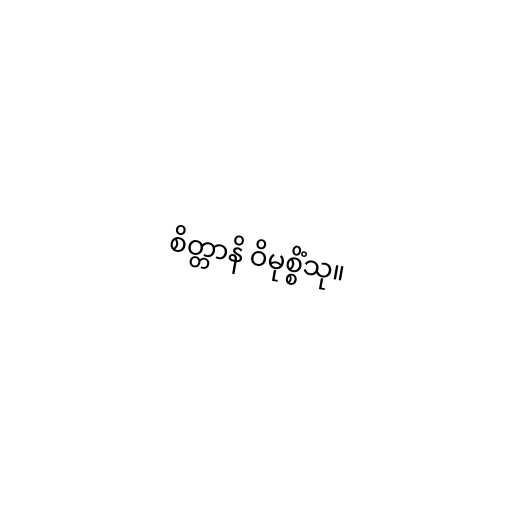
စိတ္တာနိ ဝိမုစ္စိံသု။